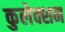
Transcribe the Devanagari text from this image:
कुलेक्शन